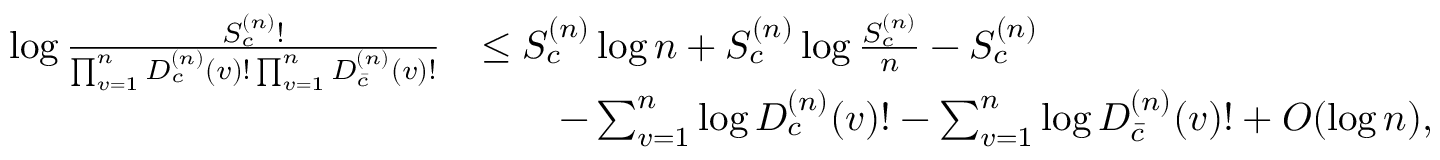
\begin{array} { r l } { \log \frac { S _ { c } ^ { ( n ) } ! } { \prod _ { v = 1 } ^ { n } D _ { c } ^ { ( n ) } ( v ) ! \prod _ { v = 1 } ^ { n } D _ { \bar { c } } ^ { ( n ) } ( v ) ! } } & { \leq S _ { c } ^ { ( n ) } \log n + S _ { c } ^ { ( n ) } \log \frac { S _ { c } ^ { ( n ) } } { n } - S _ { c } ^ { ( n ) } } \\ & { \qquad - \sum _ { v = 1 } ^ { n } \log D _ { c } ^ { ( n ) } ( v ) ! - \sum _ { v = 1 } ^ { n } \log D _ { \bar { c } } ^ { ( n ) } ( v ) ! + O ( \log n ) , } \end{array}